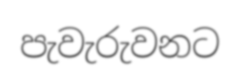
පැවැරුවනට